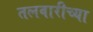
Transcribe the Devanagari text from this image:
तलवारीच्‍या